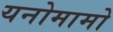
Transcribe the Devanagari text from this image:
यनोमामो